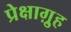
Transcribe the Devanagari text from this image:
प्रेक्षाग़्रुह